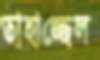
তাহাজ্জেল